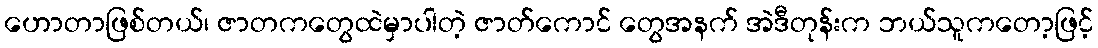
ဟောတာဖြစ်တယ်၊ ဇာတကတွေထဲမှာပါတဲ့ ဇာတ်ကောင် တွေအနက် အဲဒီတုန်းက ဘယ်သူကတော့ဖြင့်